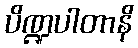
ပိဏ္ဍပါတာနိ